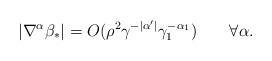
LaTeX: \begin{align*}|\nabla ^\alpha \beta_*|=O(\rho^2 \gamma^{-|\alpha'|}\gamma_1^{-\alpha_1})\qquad\forall \alpha.\end{align*}